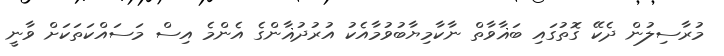
މުރާސިލުން ދެކޭ ގޮތުގައި ބަޣާވާތް ނާކާމިޔާބުވުމާއެކު އުރުދުޣާންގެ އެންމެ އިސް މަސައްކަތަކަށް ވާނީ